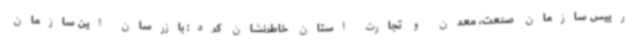
رییس سازمان صنعت، معدن و تجارت استان خاطرنشان کرد: بازرسان این سازمان